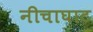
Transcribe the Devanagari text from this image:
नीचाघाट